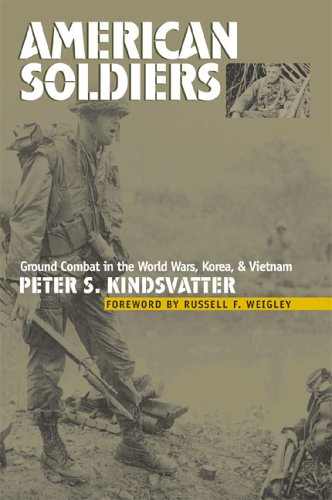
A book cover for American Soldiers: Ground Combat in the World Wars, Korea, and Vietnam (Modern War Studies); Peter S. Kindsvatter; History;